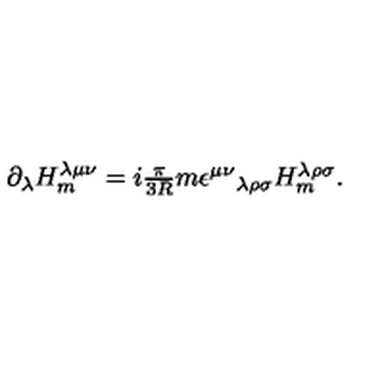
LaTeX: \partial _ { \lambda } H _ { m } ^ { \lambda \mu \nu } = i \textstyle { \frac { \pi } { 3 R } } m \epsilon ^ { \mu \nu } { } _ { \lambda \rho \sigma } H _ { m } ^ { \lambda \rho \sigma } .